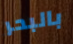
بالبحر